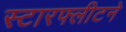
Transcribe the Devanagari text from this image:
स्टारफ्लीटने